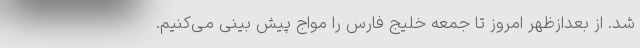
شد. از بعدازظهر امروز تا جمعه خلیج فارس را مواج پیش بینی می‌کنیم.